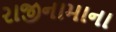
રાજીનામાના